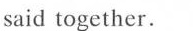
said together.